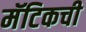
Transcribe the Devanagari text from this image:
मॅटिकची